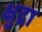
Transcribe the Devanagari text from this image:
क्षुद्रा